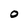
Character: 0